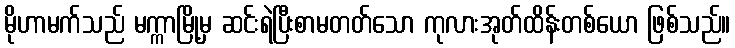
မိုဟာမက်သည် မက္ကာမြို့မှ ဆင်းရဲပြီးစာမတတ်သော ကုလားအုတ်ထိန်းတစ်ယော ဖြစ်သည်။